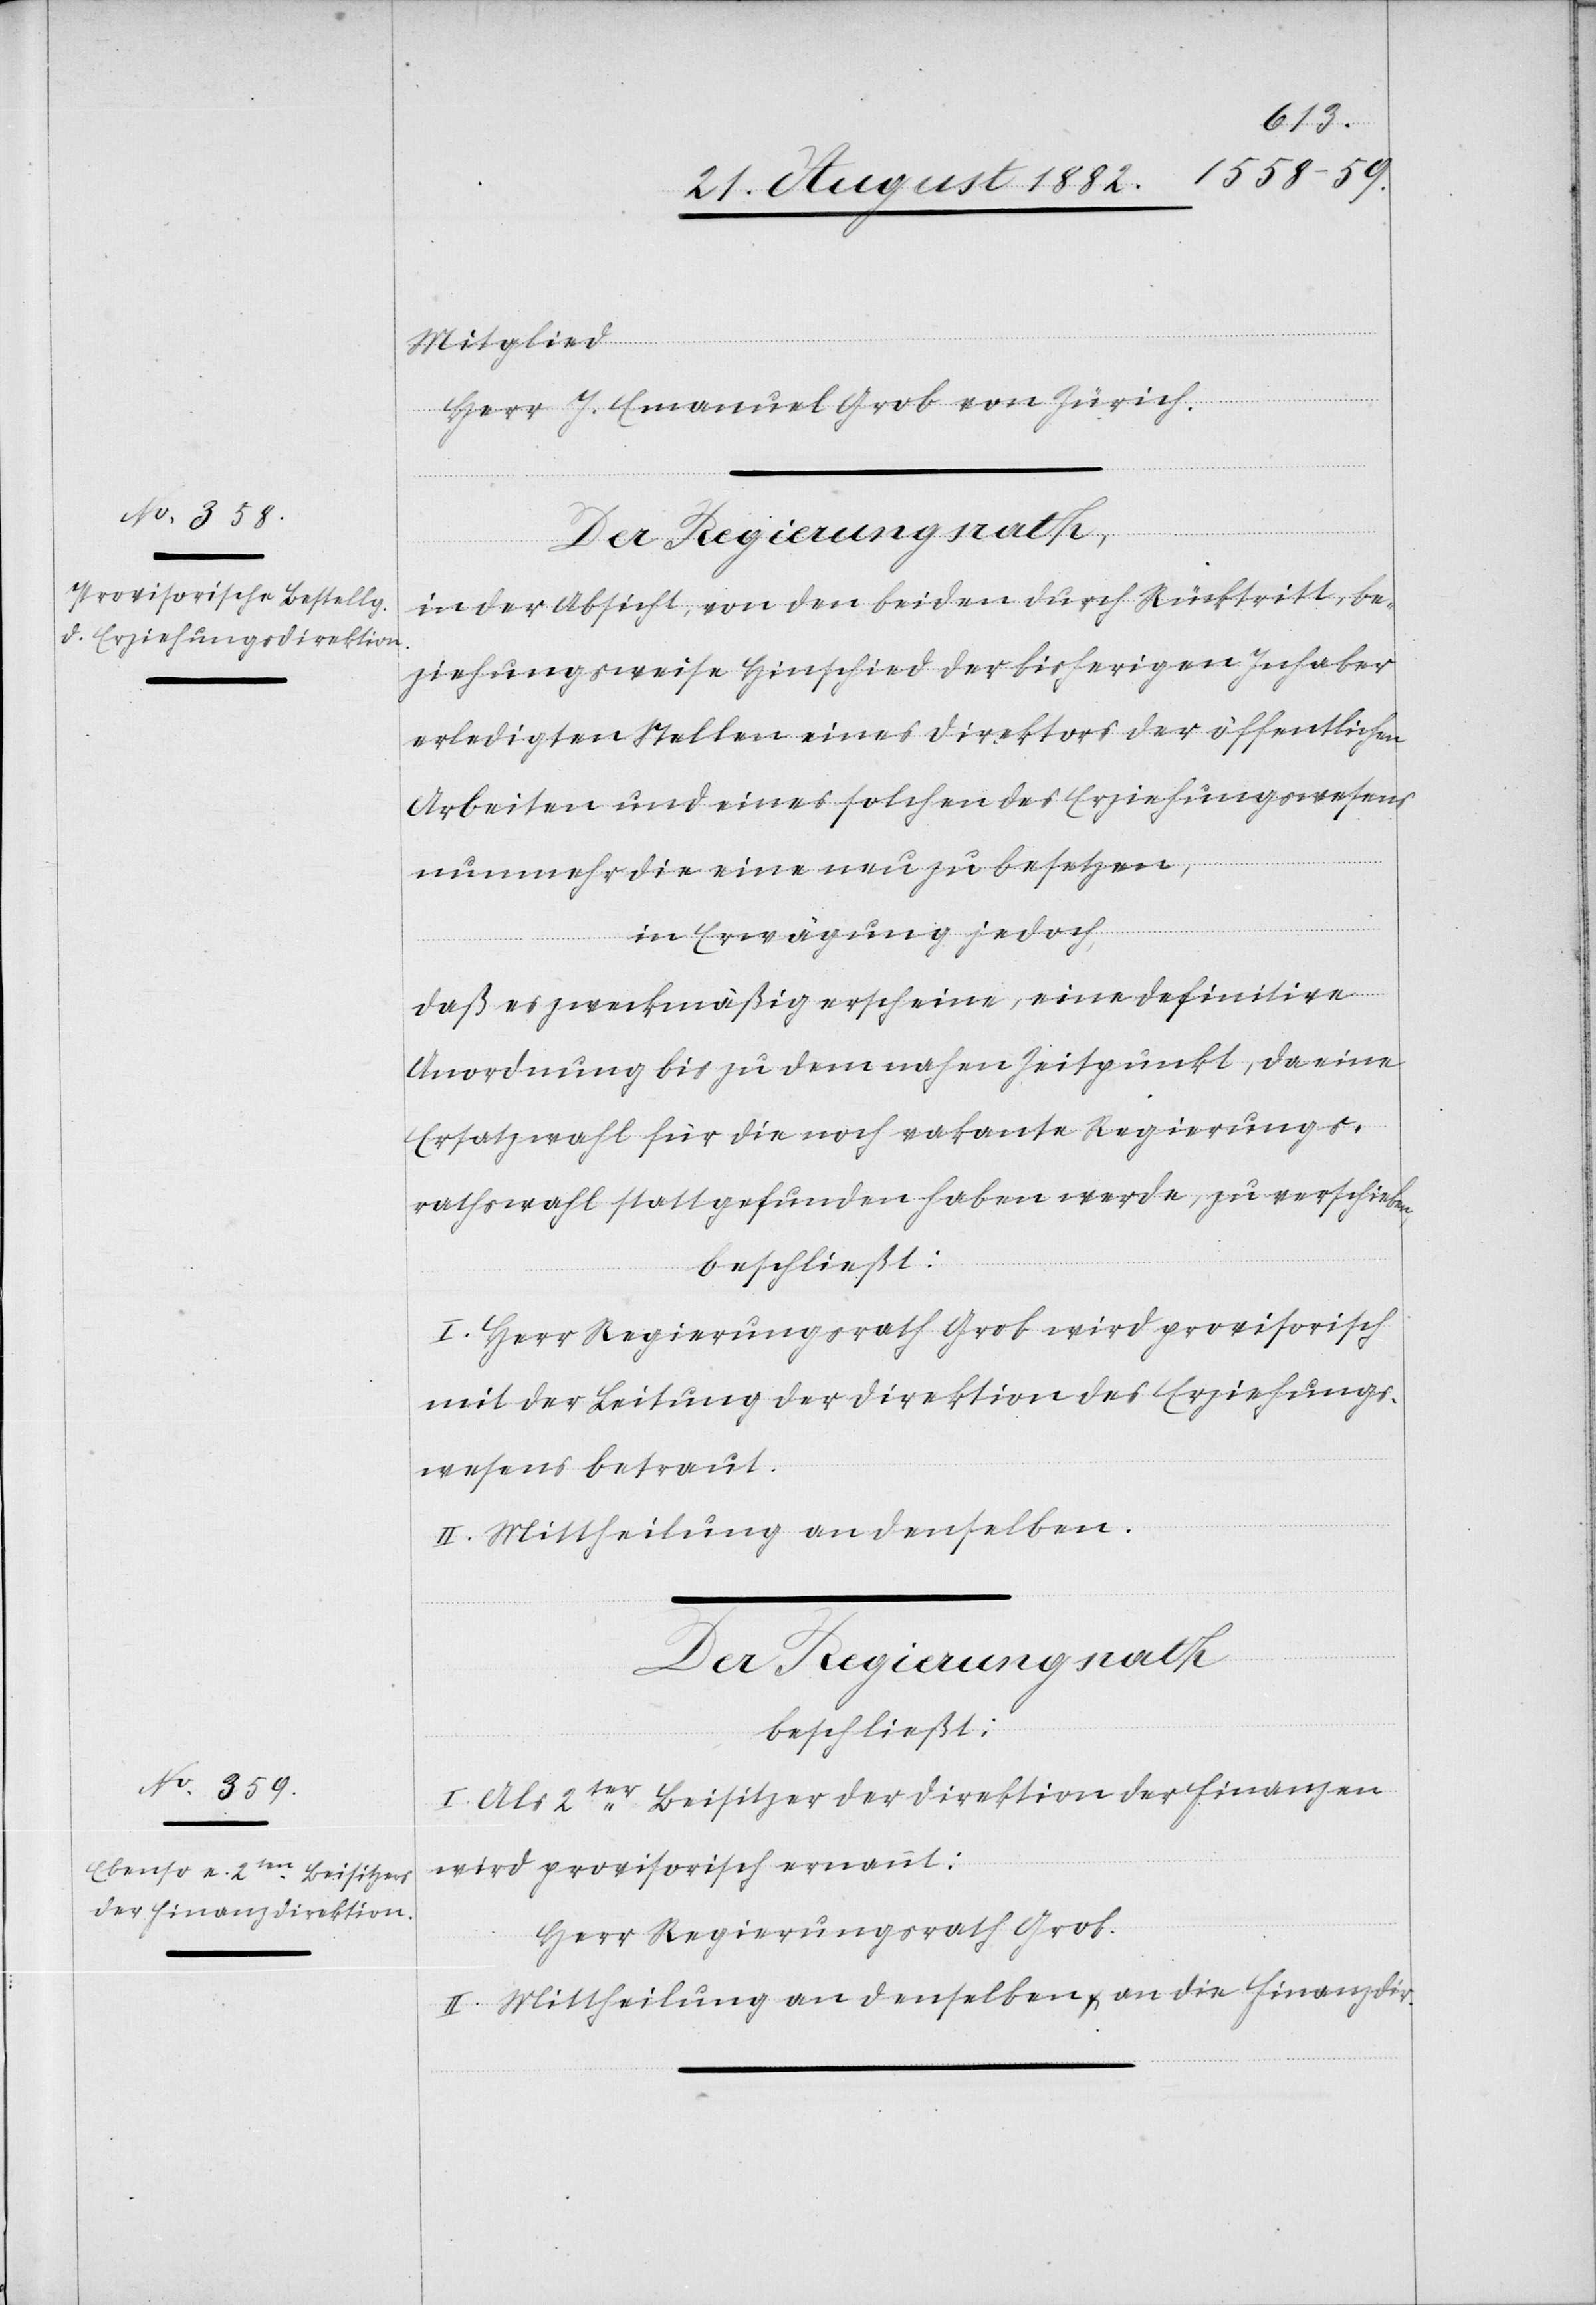
Mitglied
Herr J. Emanuel Grob von Zürich.
Der Regierungsrath,
in der Absicht, von den beiden durch Rücktritt, be¬
ziehungsweise Hinschied der bisherigen Inhaber
erledigten Stellen eines Direktors der öffentlichen
Arbeiten und eines solchen des Erziehungswesens
nunmehr die eine neu zu besetzen,
in Erwägung jedoch,
daß es zweckmäßig erscheine, eine definitive
Anordnung bis zu dem nahen Zeitpunkte, da eine
Ersatzwahl für die noch vakante Regierungs¬
rathswahl [sic!] stattgefunden haben werde, zu verschieben,
beschließt:
I. Herr Regierungsrath Grob wird provisorisch
mit der Leitung der Direktion des Erziehungs¬
wesens betraut.
II. Mittheilung an denselben.
Der Regierungsrath,
beschließt:
I. Als 2ter Beisitzer der Direktion der Finanzen
wird provisorisch ernannt:
Herr Regierungsrath Grob.
II. Mittheilung an denselben & an die Finanzdir.